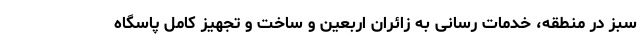
سبز در منطقه، خدمات رسانی به زائران اربعین و ساخت و تجهیز کامل پاسگاه